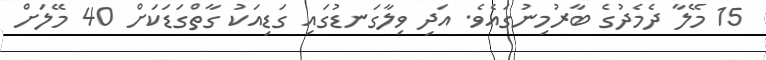
15 މޭލާ ދެމެދުގެ ބާރުމިނުގައެވެ. އަދި ވިލާގަނޑުގައި ގަޑިއަކު ގާތްގަޑަކަށް 40 މޭލަށް